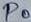
Text: P0